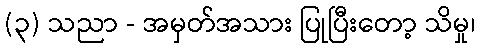
(၃) သညာ - အမှတ်အသား ပြုပြီးတော့ သိမှု၊